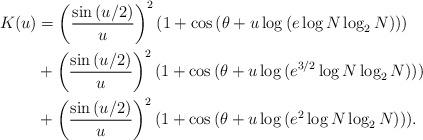
LaTeX: \begin{align*}K(u) &= \left( \frac{\sin{(u/2)}}{u} \right)^2 (1+\cos{(\theta+u\log{(e\log{N}\log_{2}{N})})}) \\ &+\left( \frac{\sin{(u/2)}}{u} \right)^2 (1+\cos{(\theta+u\log{(e^{3/2}\log{N}\log_{2}{N})})}) \\ &+\left( \frac{\sin{(u/2)}}{u} \right)^2 (1+\cos{(\theta+u\log{(e^{2}\log{N}\log_{2}{N})})}).\end{align*}